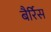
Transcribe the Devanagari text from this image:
बैर्रिस